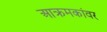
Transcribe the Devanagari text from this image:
आक्रमकांवर